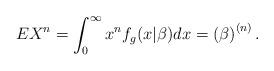
LaTeX: \begin{align*}EX^{n}=\int_{0}^{\infty }x^{n}f_{g}(x|\beta )dx=\left( \beta \right)^{\left( n\right) }. \end{align*}